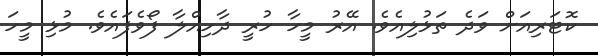
ކޮޓަރިއަށް ވަދެ ތަޅުލިއެވެ. އޭރު މީހާ ހުރީ ދާހިއްލާ ފޯވެފައެވެ. މުޅި މީހަ